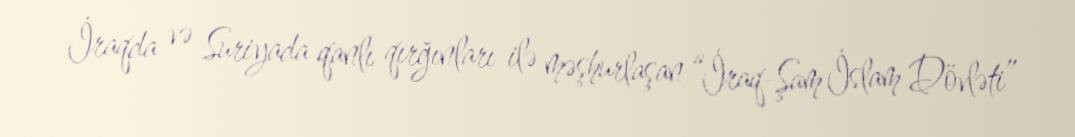
İraqda və Suriyada qanlı qırğınları ilə məşhurlaşan “İraq-Şam İslam Dövləti”